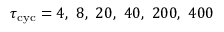
\tau _ { \mathrm { c y c } } = 4 , \ 8 , \ 2 0 , \ 4 0 , \ 2 0 0 , \ 4 0 0